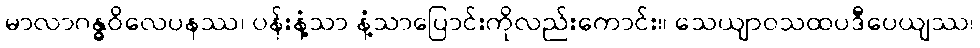
မာလာဂန္ဓဝိလေပနဿ၊ ပန်းနံ့သာ နံ့သာပြောင်းကိုလည်းကောင်း။ သေယျာဝသထပဒီပေယျဿ၊